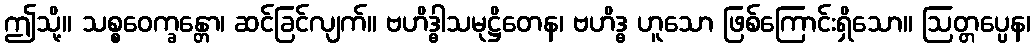
ဤသို့။ သစ္စဝေက္ခန္တော၊ ဆင်ခြင်လျက်။ ဗဟိဒ္ဓါသမုဋ္ဌိတေန၊ ဗဟိဒ္ဓ ဟူသော ဖြစ်ကြောင်းရှိသော။ ဩတ္တပ္ပေန၊